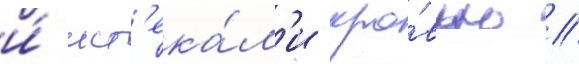
и́ ист'ека́л'и кро́вью //